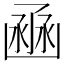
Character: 𠚚